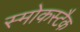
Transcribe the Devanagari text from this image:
स्मोकस्टैक